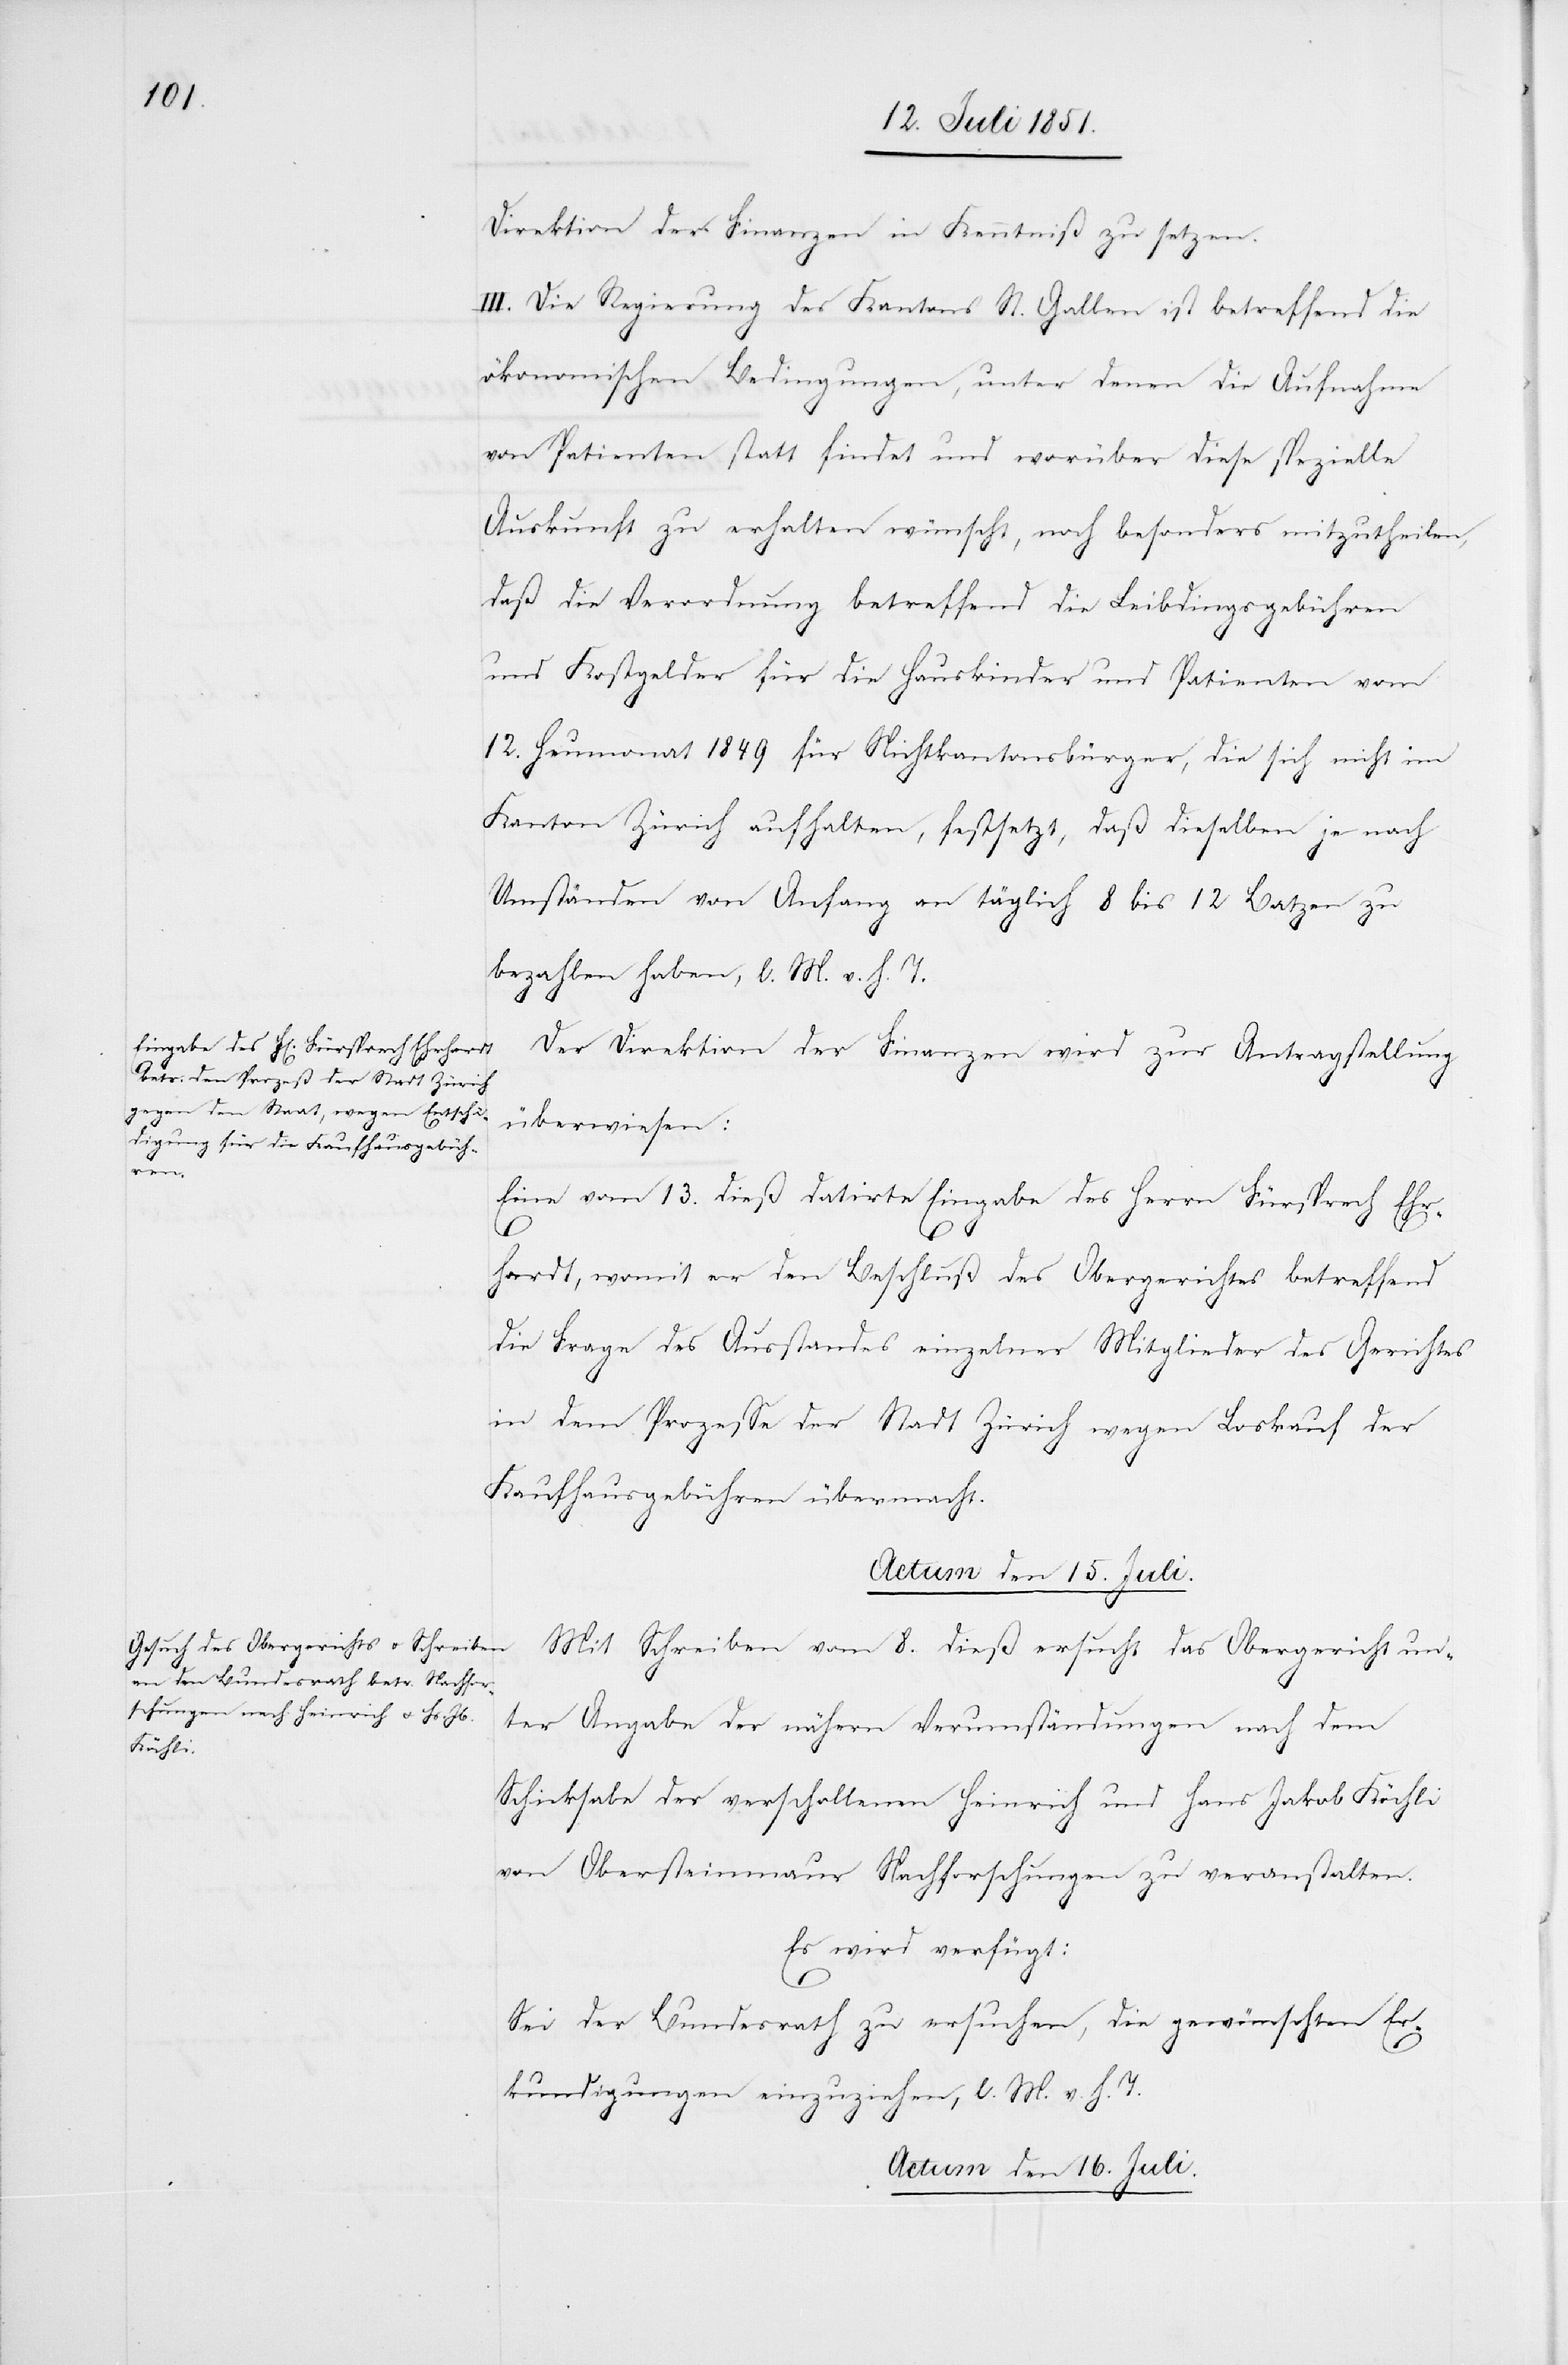
Direktion der Finanzen in Kenntniß zu setzen.
cte: Der] Regierung des Kantons St. Gallen ist betreffend die
ökonomischen Bedingungen, unter denen die Aufnahme
von Patienten statt findet und worüber diese spezielle
Auskunft zu erhalten wünscht, noch besonders mitzutheilen,
daß die Verordnung betreffend die Leibdingsgebühren
und Kostgelder für die Hauskinder und Patienten vom
12. Heumonat 1849 für Nichtkantonsbürger, die sich nicht im
Kanton Zürich aufhalten, festsetzt, daß dieselben je nach
Umständen von Anfang an täglich 8 bis 12 Batzen zu
bezahlen haben, l. M. v. h. T.
Der Direktion der Finanzen wird zur Antragstellung
überwiesen:
[re¬
Eine vom 13. dieß datirte Eingabe des Herrn Fürsprech Ehr¬
hardt, womit er den Beschluß des Obergerichtes betreffend
die Frage des Ausstandes einzelner Mitglieder des Gerichtes
in dem Prozesse der Stadt Zürich wegen Loskauf der
Kaufhausgebühren übermacht.
Actum den 15. Juli.
Mit Schreiben vom 8. dieß ersucht das Obergericht un¬
ter Angabe der nähern Verumständungen nach dem
Schicksale der verschollenen Heinrich und Hans Jakob Köchli
von Obersteinmaur Nachforschungen zu veranstalten.
Es wird verfügt:
Sei der Bundesrath zu ersuchen, die gewünschten Er¬
kundigungen einzuziehen, l. M. v. h. T.
Actum den 16. Juli.